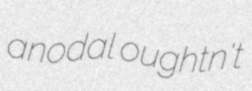
anodal oughtn't